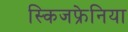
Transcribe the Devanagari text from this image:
स्किजफ्रेनिया